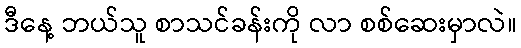
ဒီနေ့ ဘယ်သူ စာသင်ခန်းကို လာ စစ်ဆေးမှာလဲ။